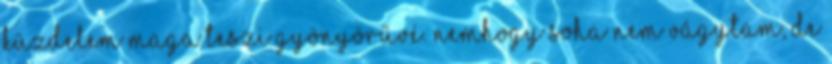
küzdelem maga teszi gyönyörűvé. Nemhogy soha nem vágytam, de